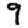
Digit: 9